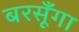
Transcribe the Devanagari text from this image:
बरसूँगा